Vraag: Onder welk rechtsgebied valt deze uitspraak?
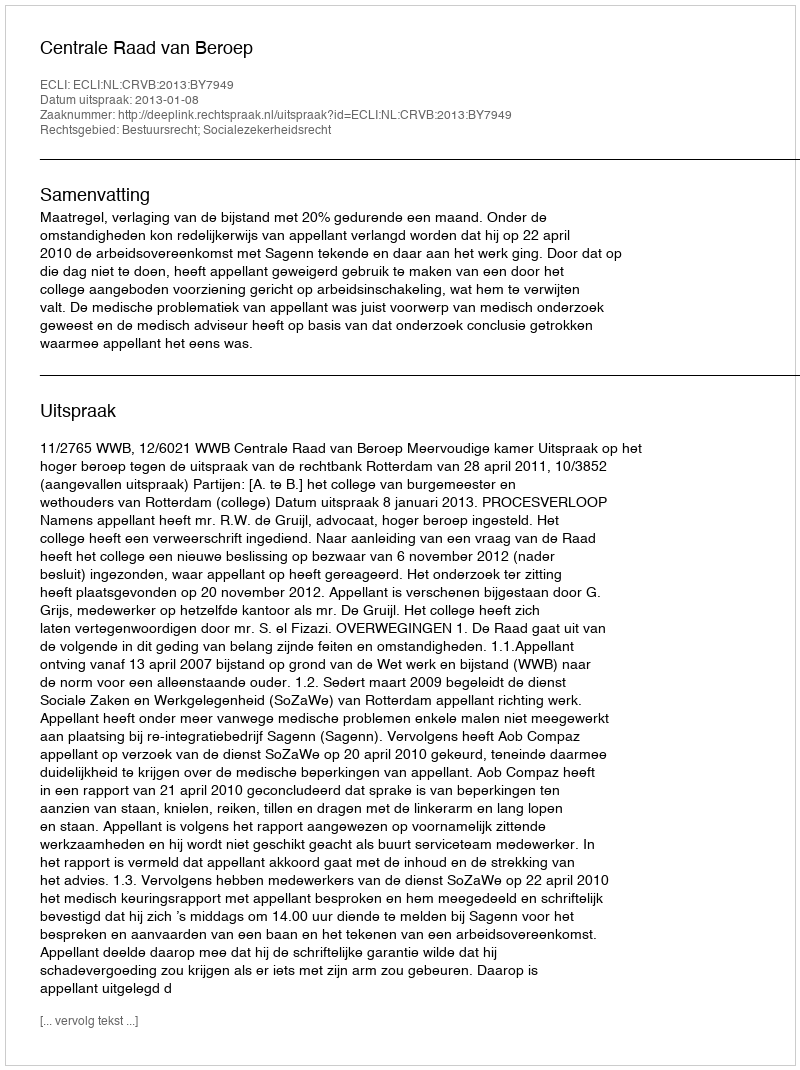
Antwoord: Bestuursrecht; Socialezekerheidsrecht